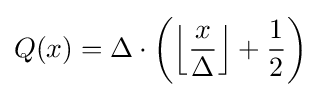
Q(x)=\Delta \cdot \left(\left\lfloor {\frac {x}{\Delta }}\right\rfloor +{\frac {1}{2}}\right)